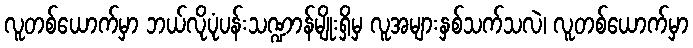
လူတစ်ယောက်မှာ ဘယ်လိုပုံပန်းသဏ္ဍာန်မျိုးရှိမှ လူအများနှစ်သက်သလဲ၊ လူတစ်ယောက်မှာ